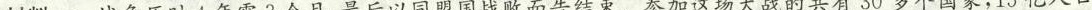
材料一 战争历时4年零3个月，最后以同盟国战败而告结束。参加这场大战的共有30多个国家，15亿人口